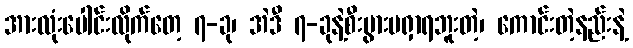
အားလုံးပေါင်းလိုက်တေ့ ၇-ခု၊ အဲဒီ ၇-ခုနဲ့စီးပွားမရှာရဘူးတဲ့၊ ကောင်းတဲ့နည်းနဲ့